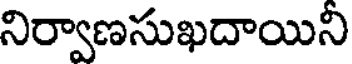
నిర్వాణసుఖదాయిని